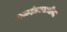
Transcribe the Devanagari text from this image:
गजदंडस्वामींचा